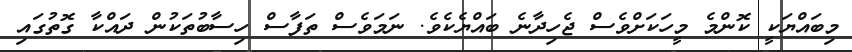
މިބައްޔަކީ ކޮންމެ މީހަކަށްވެސް ޖެހިދާނެ ބައްޔެކެވެ. ނަމަވެސް ތަފާސް ހިސާބުތަކުން ދައްކާ ގޮތުގައި